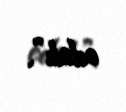
edək”.